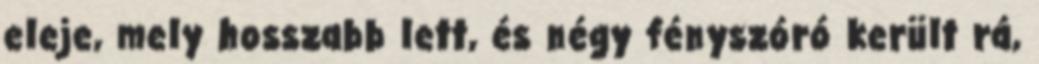
eleje, mely hosszabb lett, és négy fényszóró került rá,